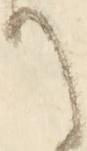
て